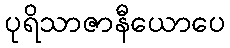
ပုရိသာဇာနီယောပေ